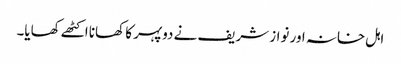
اہل خانہ اور نواز شریف نے دوپہر کا کھانا اکٹھے کھایا۔